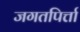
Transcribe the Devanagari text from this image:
जगतपिर्त्ता